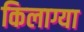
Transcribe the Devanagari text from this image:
किलाग्या